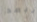
نبعد